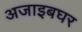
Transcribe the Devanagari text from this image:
अजाइबघर